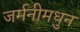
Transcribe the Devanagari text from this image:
जर्मनीमधुन